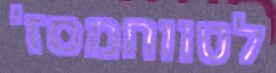
לטווחמסז'